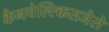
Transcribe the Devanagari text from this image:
कैनचेल्स्किसजैसे